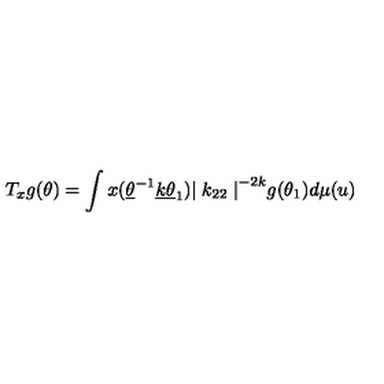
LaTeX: T _ { x } g ( \theta ) = \int x ( \underline { { \theta } } ^ { - 1 } \underline { { k } } \underline { { \theta } } _ { 1 } ) { \mid k _ { 2 2 } \mid } ^ { - 2 k } g ( \theta _ { 1 } ) d \mu ( u )